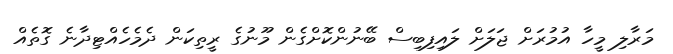
މަރާލި މީހާ އުމުރަށް ޖަލަށް ލައިފިބިސް ބޭނުންކޮށްގެން މޫނުގެ ރީތިކަން ދެމެހެއްޓިދާނެ ގޮތެއް